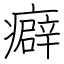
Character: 癖